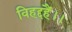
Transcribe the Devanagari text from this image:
विहद्दहैं।।